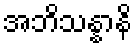
အဘိသန္နာနိ